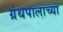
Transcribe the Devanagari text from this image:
ग्रंथपालाच्या